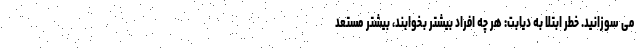
می سوزانید. خطر ابتلا به دیابت: هر چه افراد بیشتر بخوابند، بیشتر مستعد